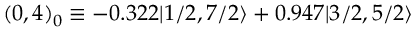
( 0 , 4 ) _ { 0 } \equiv - 0 . 3 2 2 | 1 / 2 , 7 / 2 \rangle + 0 . 9 4 7 | 3 / 2 , 5 / 2 \rangle